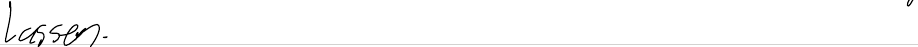
lassen.